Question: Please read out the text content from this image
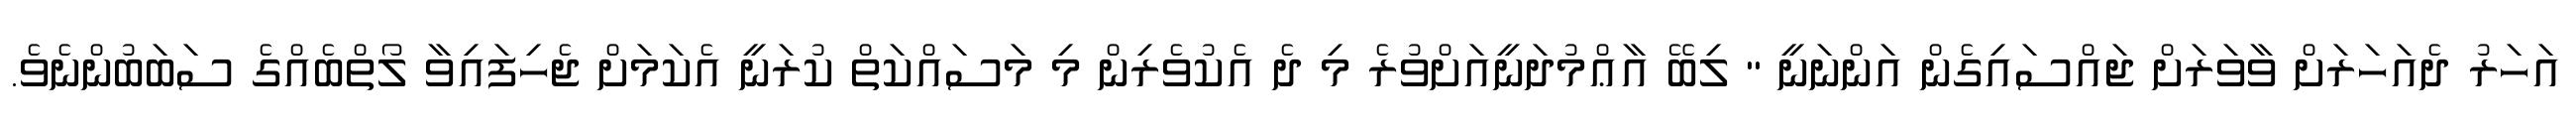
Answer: އަހަރު ދެއަހަރަށް ވާވަރަށް ޖައްސައިގެން އަންނަނީ " ލިބޭ އާޢްމުދަނީއަށްވުރެ މި ދެ އެކުވެރިން މި މަސައްކަތް ކުރަނީ އެކަމަށް ޖެހިފައިވާ ލޯތްބެއްގެ ސަބަބުންނެވެ.